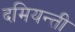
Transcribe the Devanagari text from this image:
दमियन्ती